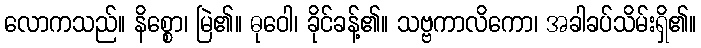
လောကသည်။ နိစ္စော၊ မြဲ၏။ ဓုဝေါ၊ ခိုင်ခန့်၏။ သဗ္ဗကာလိကော၊ အခါခပ်သိမ်းရှိ၏။